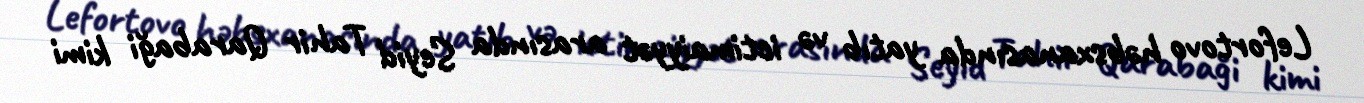
Lefortovo həbsxanasında yatıb və ictimaiyyət arasında Seyid Tahir Qarabaği kimi